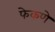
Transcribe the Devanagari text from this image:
फेकणे